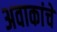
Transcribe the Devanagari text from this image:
अवाकांचे